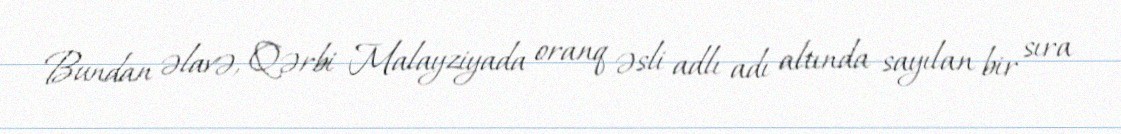
Bundan əlavə, Qərbi Malayziyada oranq əsli adlı adı altında sayılan bir sıra